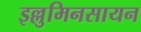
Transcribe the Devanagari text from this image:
इल्लुमिनसायन